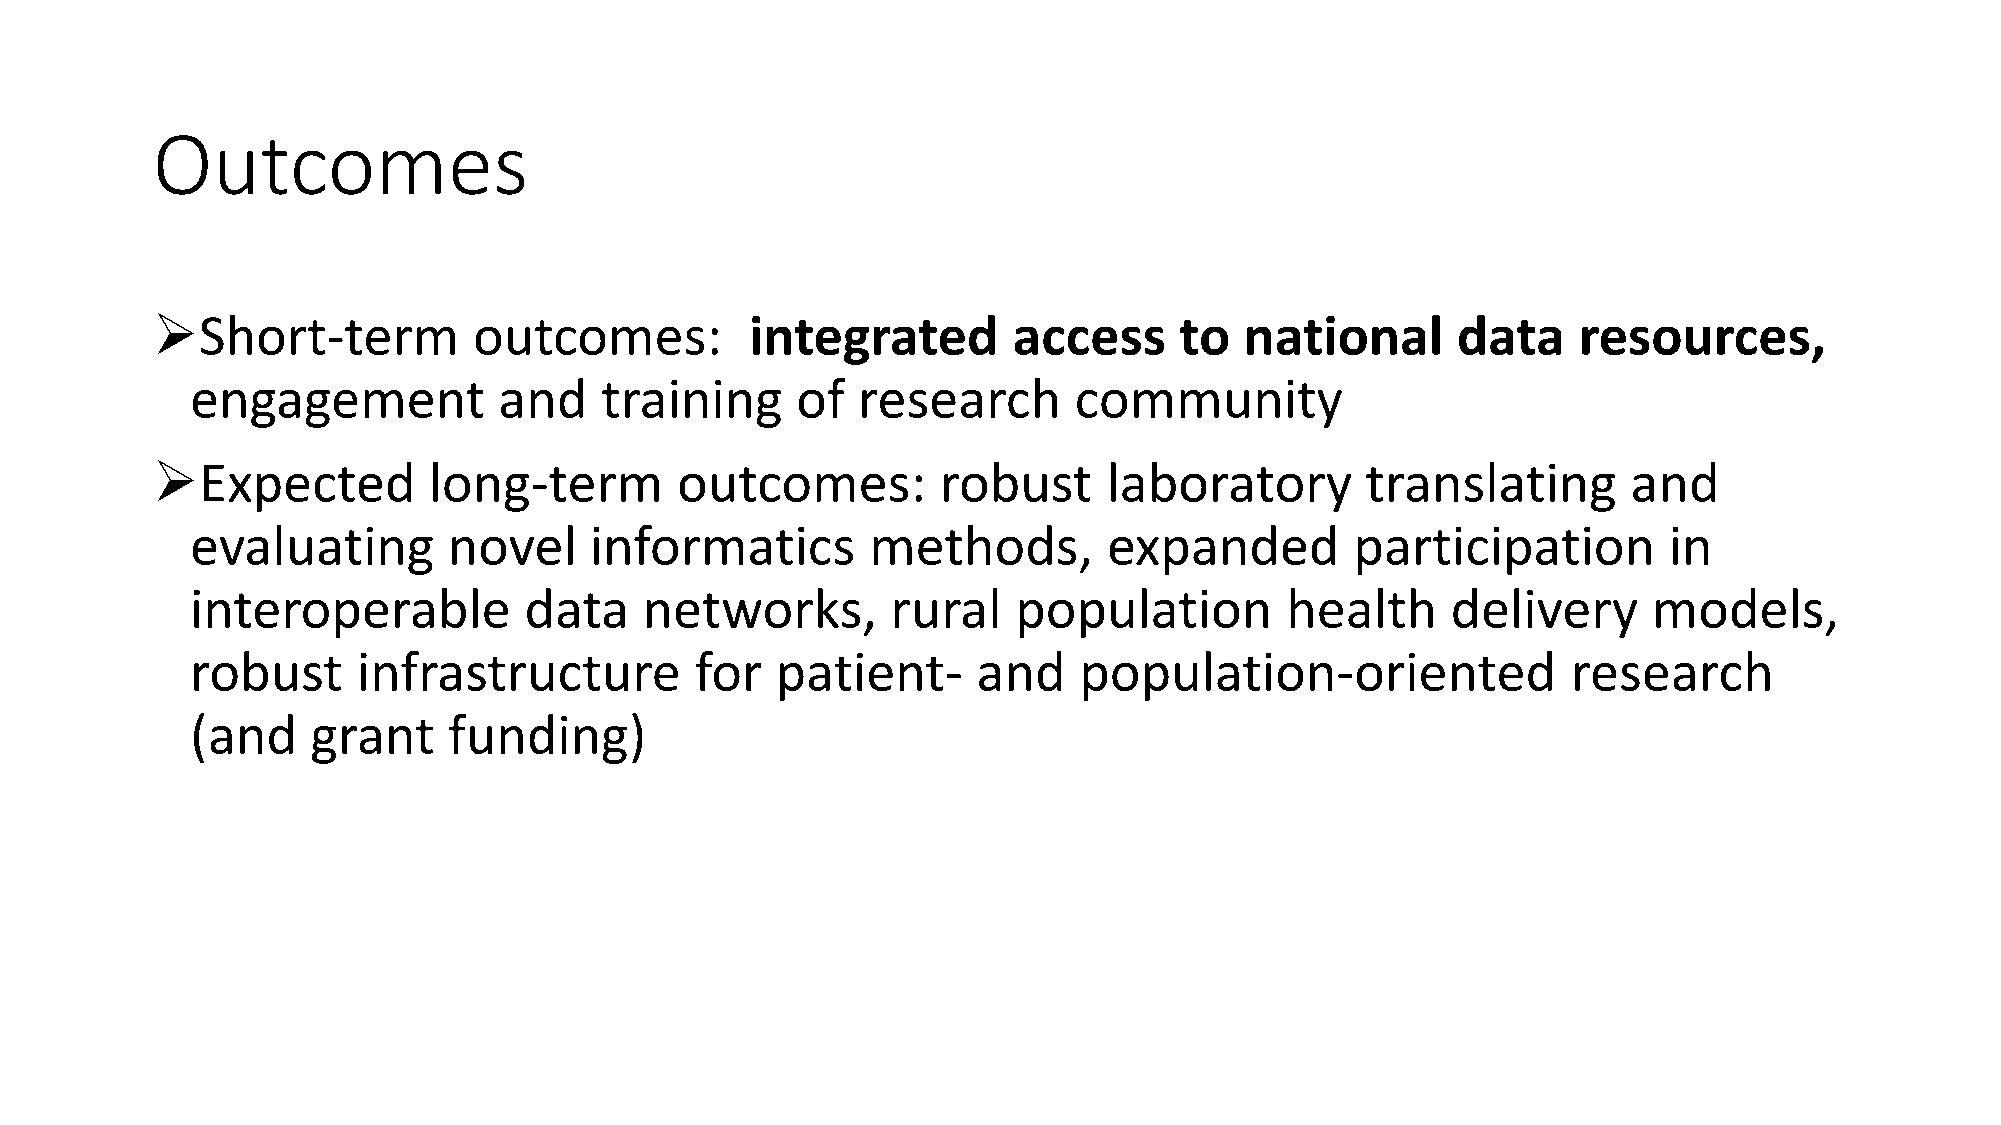
Outcomes
 Short-term          outcomes:          integrated       access     to  national      data    resources,
 engagement          and    training     of  research      community
 Expected         long-term        outcomes:        robust     laboratory       translating       and
 evaluating       novel    informatics        methods,       expanded         participation       in
 interoperable         data    networks,       rural   population        health     delivery     models,
 robust     infrastructure        for  patient-      and   population-oriented              research
 (and    grant    funding)